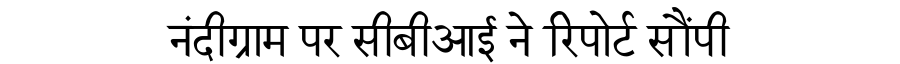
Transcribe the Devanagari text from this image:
नंदीग्राम पर सीबीआई ने रिपोर्ट सौंपी